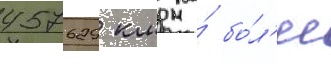
457629 км на́ бо́л'ее